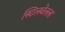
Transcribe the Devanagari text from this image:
स्टिलवेलला